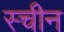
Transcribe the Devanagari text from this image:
स्चीन